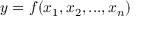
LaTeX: y = f ( x _ { 1 } , x _ { 2 } , . . . , x _ { n } )